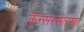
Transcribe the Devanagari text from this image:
कॅन्सरसारखा